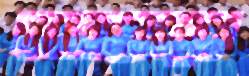
কমনওয়েলভুক্ত